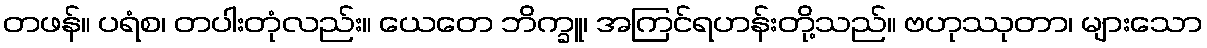
တဖန်။ ပရံစ၊ တပါးတုံလည်း။ ယေတေ ဘိက္ခူ၊ အကြင်ရဟန်းတို့သည်။ ဗဟုဿုတာ၊ များသော